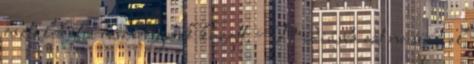
osztalekot a reszvenyesek kozott. Médiásba ezt ne süsd el